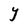
Character: Y